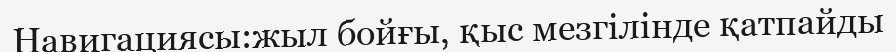
Навигациясы:жыл бойғы, қыс мезгілінде қатпайды